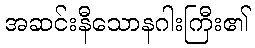
အဆင်းနီသောနဂါးကြီး၏